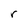
Character: r